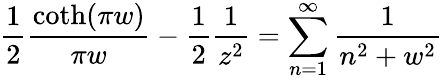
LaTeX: {\frac{1}{2}}{\frac{\coth(\pi w)}{\pi w}}-{\frac{1}{2}}{\frac{1}{z^{2}}}=\sum_{n=1}^{\infty}{\frac{1}{n^{2}+w^{2}}}